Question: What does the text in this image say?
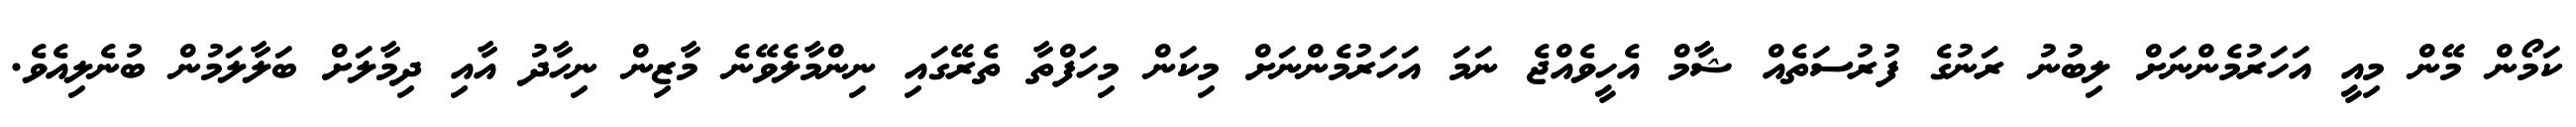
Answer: ކަމޯން މޭން މިއީ އަހަރުމެންނަށް ލިބުނު ރަނުގެ ފުރުސަތެއް ޝާމް އެހީވެއްޖެ ނަމަ އަހަރުމެންނަށް މިކަން މިހަފްތާ ތެރޭގައި ނިންމާލެވޭނެ މާޒިން ނިހާދު އާއި ދިމާލަށް ބަލާލަމުން ބުނެލިއެވެ.